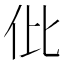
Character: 仳